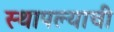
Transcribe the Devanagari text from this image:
स्थापल्याची